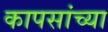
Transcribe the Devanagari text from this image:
कापसांच्या